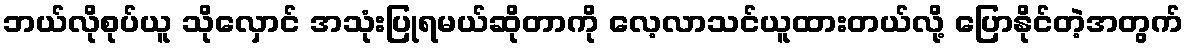
ဘယ်လိုစုပ်ယူ သိုလှောင် အသုံးပြုရမယ်ဆိုတာကို လေ့လာသင်ယူထားတယ်လို့ ပြောနိုင်တဲ့အတွက်